Annual administration report of the Civil Veterinary Department, Ajmere-Merwara, British Rajputana - 1914-1940
Year: 1914
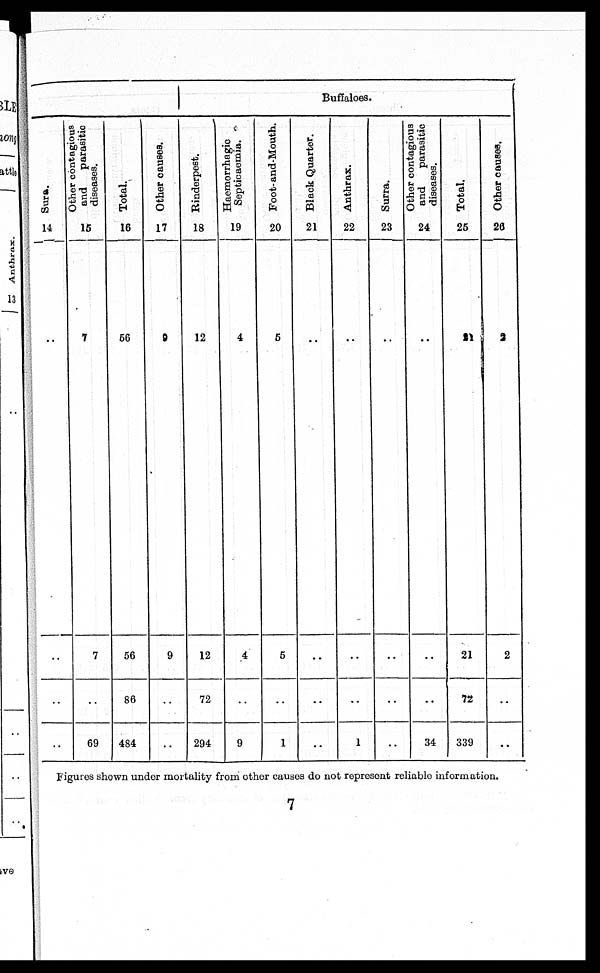
Sura.
14
..
..
..
..
Other contagious
and
parasitic
diseases.
15
7
7
..
69
Total.
16
56
56
86
484
Other causes.
17
9
9
..
..
Buffaloes.
Rinderpest.
18
12
12
72
294
Haemorrhagic
Septicaemia.
19
4
4
..
9
Foot-and-Mouth.
20
5
5
..
1
Black Quarter.
21
..
..
..
..
Anthrax.
22
..
..
..
1
Surra.
23
..
..
..
..
Other contagious
and
parasitic
diseases.
24
..
..
..
34
Total.
25
21
21
72
339
Other causes.
26
3
2
..
..
Figures shown under mortality from other causes do not represent reliable information.
7